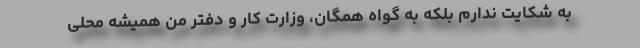
به ‌شکایت ندارم بلکه به گواه همگان، وزارت کار و دفتر من همیشه محلی